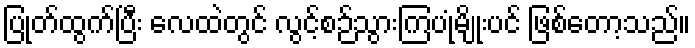
ပြုတ်ထွက်ပြီး လေထဲတွင် လွင့်စဉ်သွားကြပုံမျိုးပင် ဖြစ်တော့သည်။